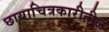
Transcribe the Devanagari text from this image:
छायाचित्रकारीतील